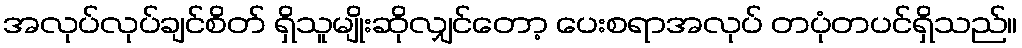
အလုပ်လုပ်ချင်စိတ် ရှိသူမျိုးဆိုလျှင်တော့ ပေးစရာအလုပ် တပုံတပင်ရှိသည်။